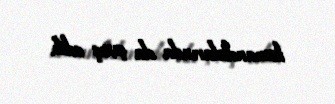
komandalarında da çıxış edib.